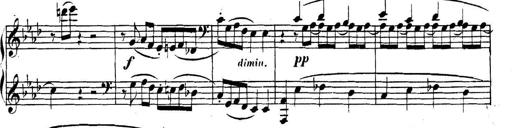
Title: Collected Piano Sonatas
Composer: Muzio Clementi